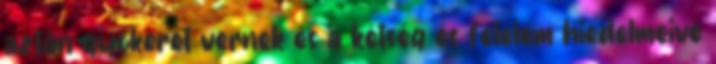
aztán gyökeret vernek és a kétség és félelem hiedelmeivé